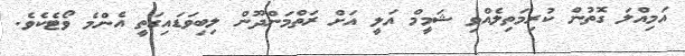
އަމިއްލަ ގޮތުން ކުރިމަތިލެއްވި ޝަމީމް އަލީ އަށް ރަތްމަންދޫން ލިބިވަޑައިގަތީ އެންމެ ވޯޓެކެވެ.